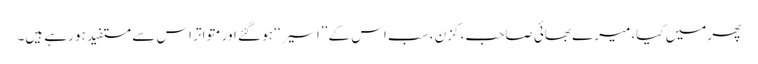
پھر میں کیا، میرے بھائی صاحب، کزن ، سب اس کے ’’اسیر‘‘ ہو گئے اور متواتر اس سے مستفید ہو رہے ہیں۔